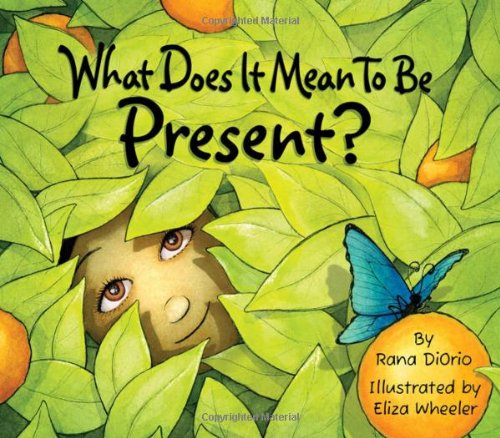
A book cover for What Does It Mean To Be Present?; Rana DiOrio; Self-Help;